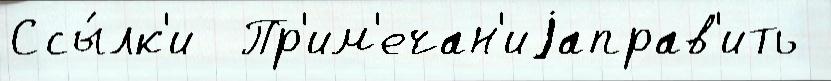
Ссы́лк'и  Пр'им'ечан'иjаправ'ить